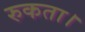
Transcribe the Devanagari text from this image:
रुकता।